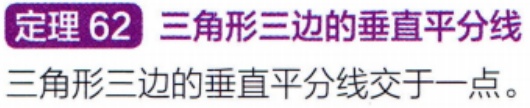
**定理 62** 三角形三边的垂直平分线
三角形三边的垂直平分线交于一点。